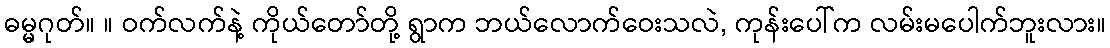
ဓမ္မဂုတ်။ ။ ဝက်လက်နဲ့ ကိုယ်တော်တို့ ရွာက ဘယ်လောက်ဝေးသလဲ, ကုန်းပေါ်က လမ်းမပေါက်ဘူးလား။